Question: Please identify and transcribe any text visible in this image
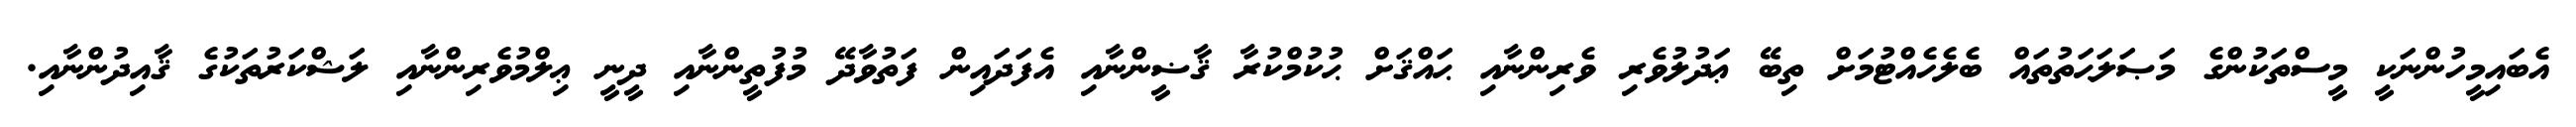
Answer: އެބައިމީހުންނަކީ މީސްތަކުންގެ މަޞަލަޙަތުތައް ބެލެހެއްޓުމަށް ތިބޭ ޢަދުލުވެރި ވެރިންނާއި ޙައްޤަށް ޙުކުމްކުރާ ޤާޟީންނާއި އެފަދައިން ފަތުވާދޭ މުފުތީންނާއި ދީނީ ޢިލްމުވެރިންނާއި ލަޝްކަރުތަކުގެ ޤާއިދުންނާއި.